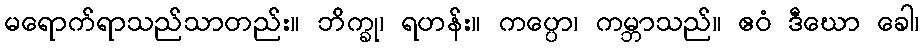
မရောက်ရာသည်သာတည်း။ ဘိက္ခု၊ ရဟန်း။ ကပ္ပော၊ ကမ္ဘာသည်။ ဧဝံ ဒီဃော ခေါ၊